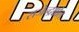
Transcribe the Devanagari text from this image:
राजेन्द्रश्चोल